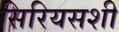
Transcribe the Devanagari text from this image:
सिरियसशी